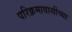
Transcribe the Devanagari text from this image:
परिक्रमावासींच्या